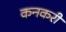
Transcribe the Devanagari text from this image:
कनकरी